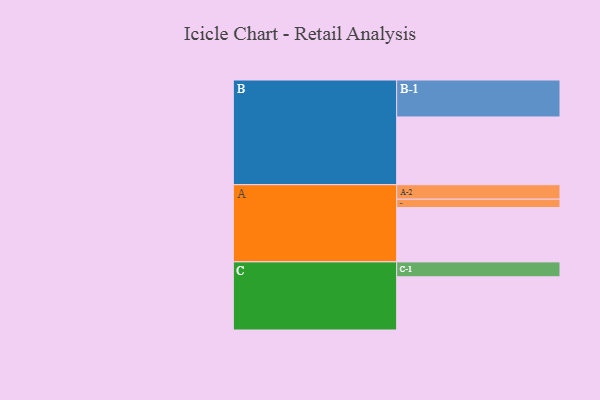
{"axis": {"x": "Segment", "y": "Value"}, "legend": ["", "A", "B", "C"], "data": [{"x": "A", "y": 431, "type": ""}, {"x": "B", "y": 537, "type": ""}, {"x": "C", "y": 422, "type": ""}, {"x": "A-1", "y": 66, "type": "A"}, {"x": "A-2", "y": 115, "type": "A"}, {"x": "B-1", "y": 293, "type": "B"}, {"x": "C-1", "y": 118, "type": "C"}]}